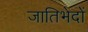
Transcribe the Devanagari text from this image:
जातिभेदों